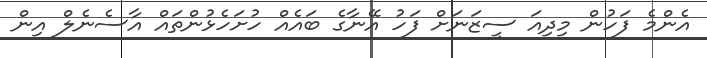
އެންމެ ފަހުން މިދިއަ ސީޒަނަށް ފަހު އޭނާގެ ބައެއް ހުށަހެޅުންތައް އާސެނެލް އިން